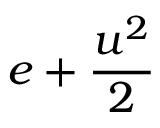
e + \frac { \boldsymbol { u } ^ { 2 } } { 2 }